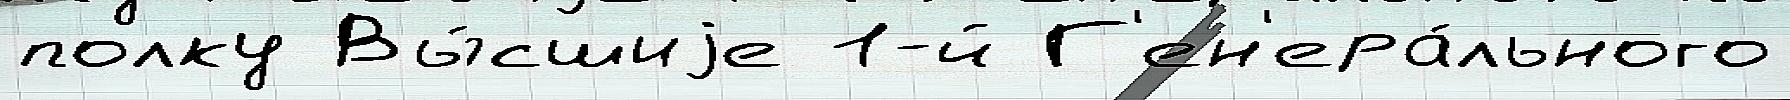
полку Вы́сшиjе 1-й Г'ен'ера́льного